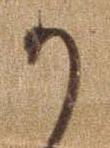
か